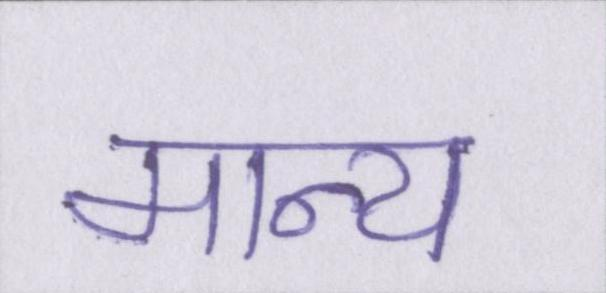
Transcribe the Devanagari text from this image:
मान्य